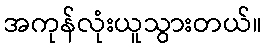
အကုန်လုံးယူသွားတယ်။